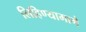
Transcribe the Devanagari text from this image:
लिहिण्यामागे